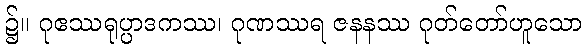
၌။ ဂုဧဿရုပ္ပာဒကဿ၊ ဂုဏဿရ ဇနနဿ ဂုတ်တော်ဟူသော